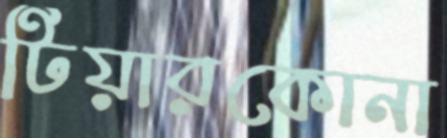
টিয়ারকোনা